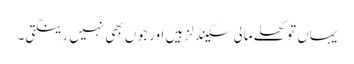
یہاں تو کھلے مالی سکینڈلز ہیں اور جُوں بھی نہیں رینگتی۔